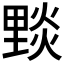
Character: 𨤮